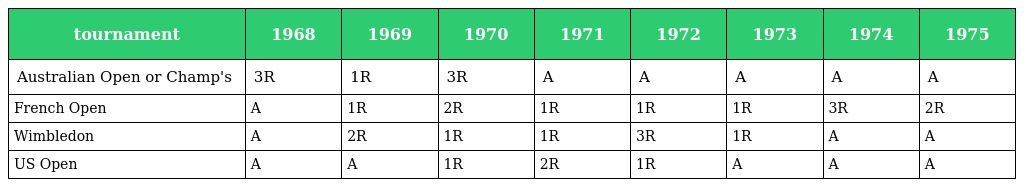
| tournament | 1968 | 1969 | 1970 | 1971 | 1972 | 1973 | 1974 | 1975 |
 | --- | --- | --- | --- | --- | --- | --- | --- | --- |
 | Australian Open or Champ's | 3R | 1R | 3R | A | A | A | A | A |
 | French Open | A | 1R | 2R | 1R | 1R | 1R | 3R | 2R |
 | Wimbledon | A | 2R | 1R | 1R | 3R | 1R | A | A |
 | US Open | A | A | 1R | 2R | 1R | A | A | A |